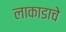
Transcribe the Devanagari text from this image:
लाकाडाचे